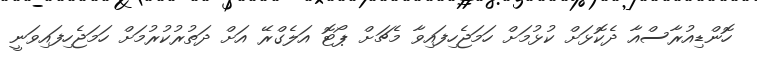
ހޮންޑިއުރާސްއާ ދެކޮޅަށް ކުޅުމަށް ހަމަޖެހިފައިވާ މެޗަށް ޕޯޓޮ އަލެގްރޭ އަށް ދަތުރުކުރުމަށް ހަމަޖެހިފައިވަނީ